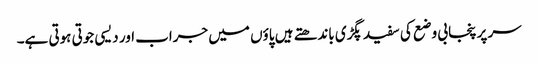
سر پر پنجابی وضع کی سفید پگڑی باندھتے ہیں پاؤں میں جراب اور دیسی جوتی ہوتی ہے۔